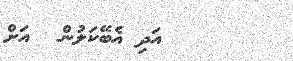
١٥      އަދި އެބޭކަލުން  އަށް